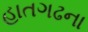
હાતગઢના